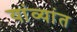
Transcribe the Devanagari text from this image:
यांव्यांत